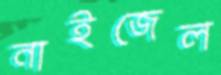
নাইজেল